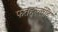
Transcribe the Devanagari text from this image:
फतहुल्लाह